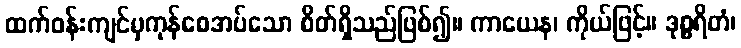
ထက်ဝန်းကျင်မှကုန်စေအပ်သော စိတ်ရှိသည်ဖြစ်၍။ ကာယေန၊ ကိုယ်ဖြင့်။ ဒုစ္စရိတံ၊